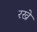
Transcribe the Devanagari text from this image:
रख्ने